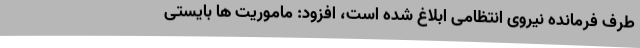
طرف فرمانده نیروی انتظامی ابلاغ شده است، افزود: ماموریت ها بایستی